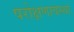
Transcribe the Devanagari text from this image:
परोक्षणावस्था